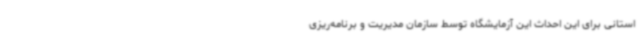
استانی برای این احداث این آزمایشگاه توسط سازمان مدیریت و برنامه‌ریزی